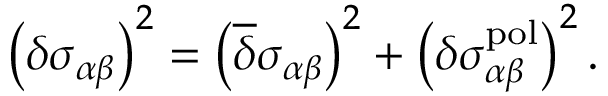
\left( \delta \sigma _ { \alpha \beta } \right) ^ { 2 } = \left( { \overline { { \delta } } } \sigma _ { \alpha \beta } \right) ^ { 2 } + \left( \delta \sigma _ { \alpha \beta } ^ { \mathrm { p o l } } \right) ^ { 2 } .